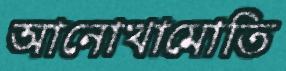
আনোখামোতি